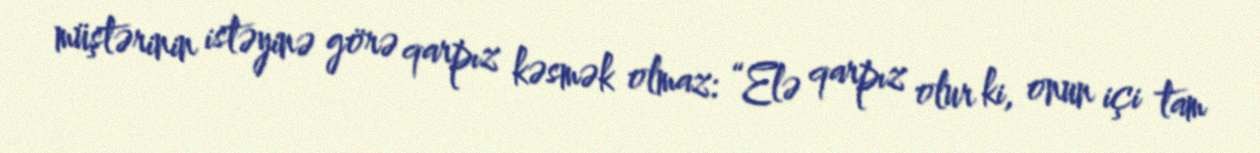
müştərinin istəyinə görə qarpız kəsmək olmaz: “Elə qarpız olur ki, onun içi tam